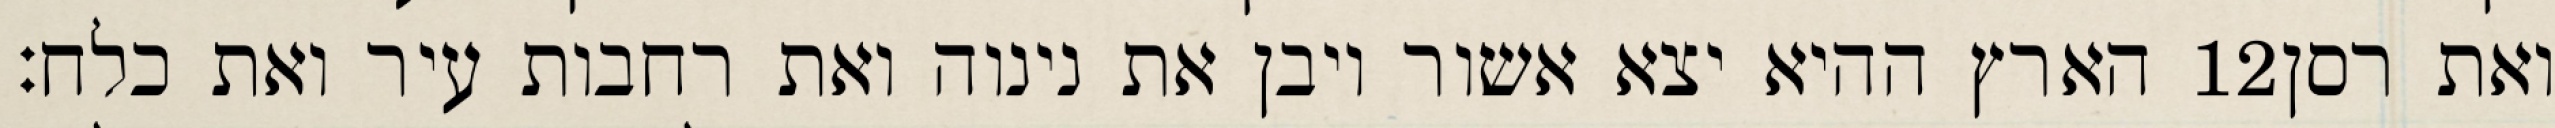
הארץ ההיא יצא אשור ויבן את נינוה ואת רחבות עיר ואת כלח׃ ‎12‏ ואת רסן